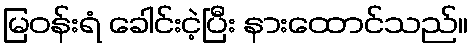
မြဝန်းရံ ခေါင်းငဲ့ပြီး နားထောင်သည်။